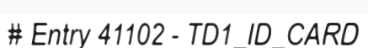
# Entry 41102 - TD1_ID_CARD